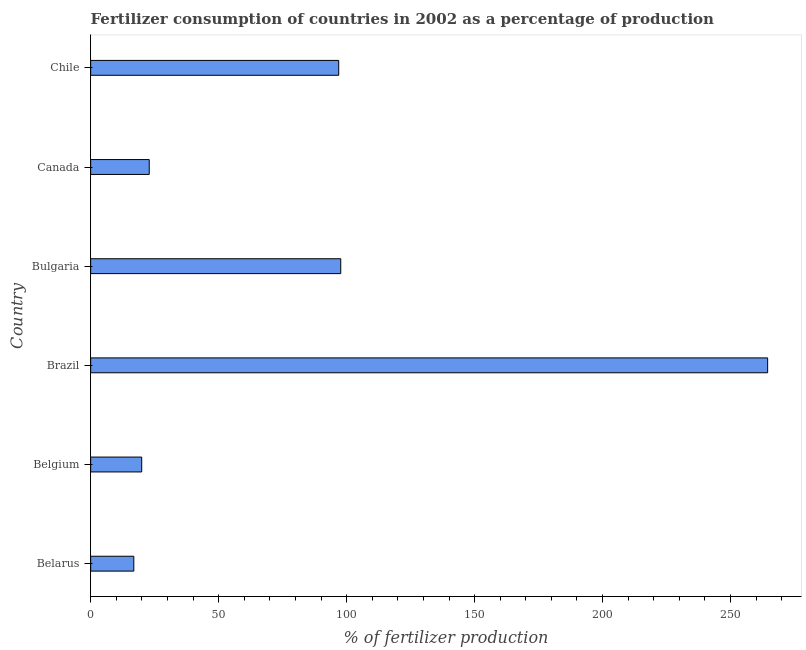
| Country | Fertilizer consumption |
 | --- | --- |
 | Belarus | 16.9 |
 | Belgium | 19.9 |
 | Brazil | 264 |
 | Bulgaria | 97.7 |
 | Canada | 22.9 |
 | Chile | 96.9 |